Leaving Certificate, 1924
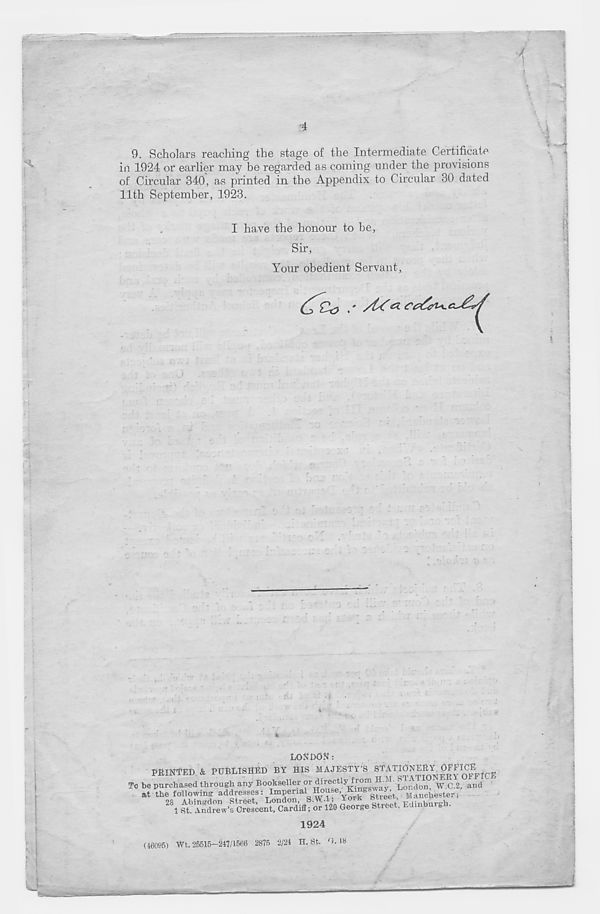
4
9. Scholars reaching the stage of the Intermediate Certificate
in 1924 or earlier may be regarded as coming under the provisions
of Circular 340, as printed in the Appendix to Circular 30 dated
11th September, 1923.
I have the honour to be,
Sir,
Your obedient Servant,
CJZJ
HJ
^
!
*
LONDON: